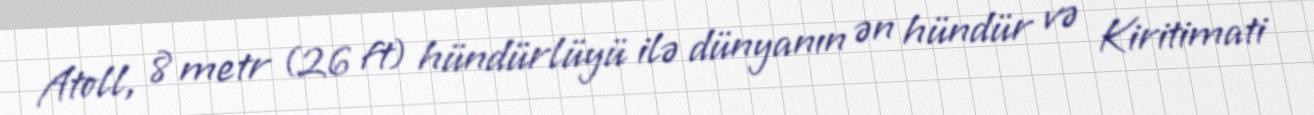
Atoll, 8 metr (26 ft) hündürlüyü ilə dünyanın ən hündür və Kiritimati